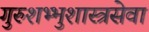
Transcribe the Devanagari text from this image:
गुरुशभ्भुशास्त्रसेवा